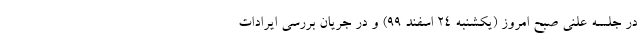
در جلسه علنی صبح امروز (یکشنبه 24 اسفند 99) و در جریان بررسی ایرادات